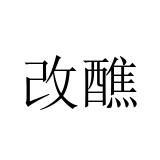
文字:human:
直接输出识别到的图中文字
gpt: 改醮